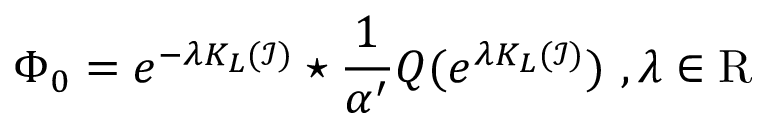
\Phi _ { 0 } = e ^ { - \lambda K _ { L } ( \mathcal { I } ) } \star \frac { 1 } { \alpha ^ { \prime } } Q ( e ^ { \lambda K _ { L } ( \mathcal { I } ) } ) \ , \lambda \in \mathrm { R }